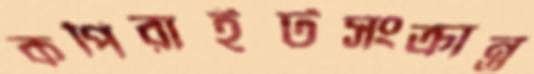
কপিরাইটসংক্রান্ত